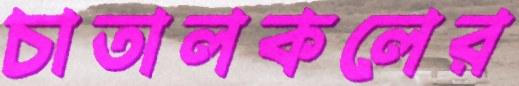
চাতালকলের